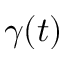
\gamma ( t )